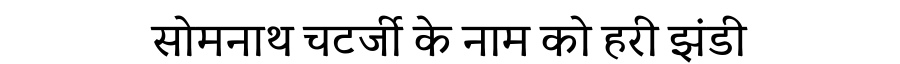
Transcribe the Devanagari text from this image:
सोमनाथ चटर्जी के नाम को हरी झंडी